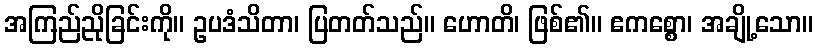
အကြည်ညိုခြင်းကို။ ဥပဒံသိတာ၊ ပြတတ်သည်။ ဟောတိ၊ ဖြစ်၏။ ဧကစ္စော၊ အချို့သော။